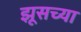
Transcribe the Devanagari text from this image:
झूसच्या